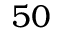
5 0